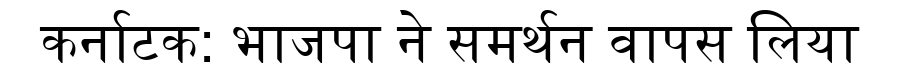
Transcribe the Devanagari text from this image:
कर्नाटक: भाजपा ने समर्थन वापस लिया